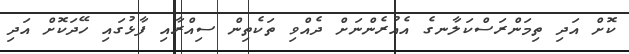
ކޮށް އަދި ތިމަންރަސްކަލާނގެ އެއުރެންނަށް ދެއްވި ތަކެތިން ސިއްރާއި ފާޅުގައި ހޭދަކޮށް އަދި